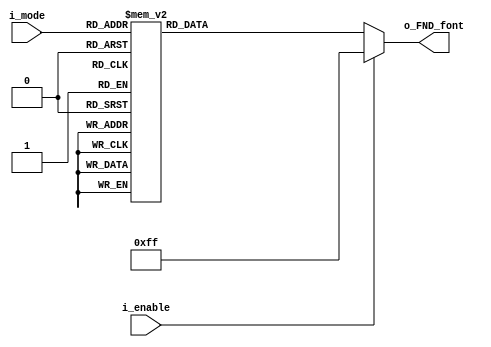
`timescale 1ns / 1ps

module Decoder_BCD(
    input [3:0] i_mode,
    input i_enable,
    output [7:0] o_FND_font
    );

    reg [7:0] r_FND_font;
    assign o_FND_font = r_FND_font;

    always @(i_enable, i_mode) begin
        if(i_enable) r_FND_font = 8'hff;
        else begin
        case (i_mode)
        4'h0 : r_FND_font = 8'hc0;
        4'h1 : r_FND_font = 8'hf9;
        4'h2 : r_FND_font = 8'ha4;
        4'h3 : r_FND_font = 8'hb0;
        4'h4 : r_FND_font = 8'h99;
        4'h5 : r_FND_font = 8'h92;
        4'h6 : r_FND_font = 8'h82;
        4'h7 : r_FND_font = 8'hf8;
        4'h8 : r_FND_font = 8'h80;
        4'h9 : r_FND_font = 8'h90;
        4'ha : r_FND_font = 8'h7f;
        default : r_FND_font = 8'hff;
        endcase
        end
    end

endmodule